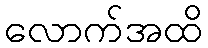
လောက်အထိ